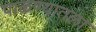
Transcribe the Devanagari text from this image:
पाळण्यातला